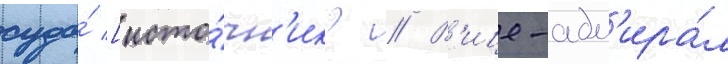
суда́ [исто́чн'ик? // В'ице-адм'ира́л